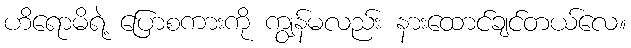
ဟိရောမိရဲ့ ပြောစကားကို ကျွန်မလည်း နားထောင်ချင်တယ်လေ။